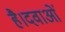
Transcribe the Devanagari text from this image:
है।दवाओं